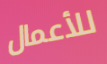
للأعمال